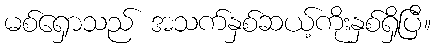
မစ်ရှောသည် အသက်နှစ်ဆယ့်ကိုးနှစ်ရှိပြီ။